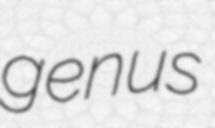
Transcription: genus